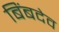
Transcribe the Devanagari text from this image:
बिंबदेव